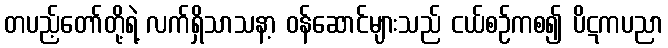
တပည့်တော်တို့ရဲ့ လက်ရှိသာသနာ့ ဝန်ဆောင်များသည် ငယ်စဉ်ကစ၍ ပိဋကပညာ